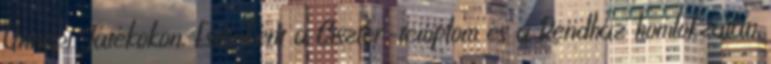
Ünnepi Játékokon. Esténként a Ciszter-templom és a Rendház homlokzatán